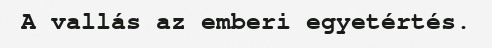
A vallás az emberi egyetértés.